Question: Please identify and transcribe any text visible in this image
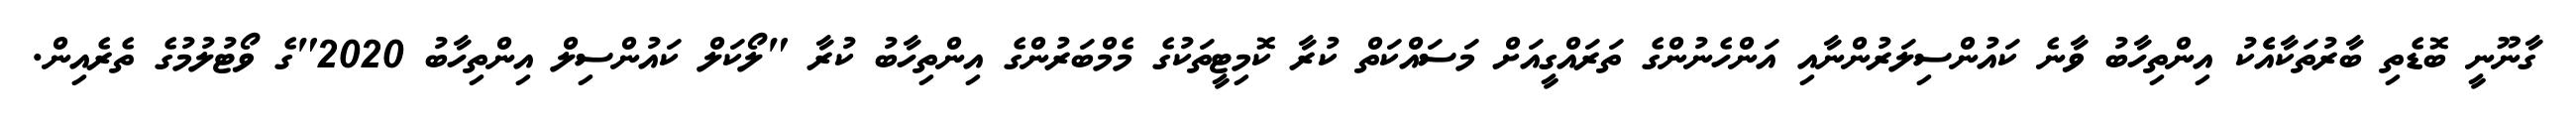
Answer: ގާނޫނީ ބޮޑެތި ބާރުތަކާއެެކު އިންތިހާބު ވާނެ ކައުންސިލަރުންނާއި އަންހެނުންގެ ތަރައްގީއަށް މަސައްކަތް ކުރާ ކޮމިޓީތަކުގެ މެމްބަރުންގެ އިންތިހާބު ކުރާ "ލޯކަލް ކައުންސިލް އިންތިހާބު 2020"ގެ ވޯޓުލުމުގެ ތެރެއިން.